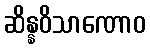
ဆိန္နဝိသာဏောဝ